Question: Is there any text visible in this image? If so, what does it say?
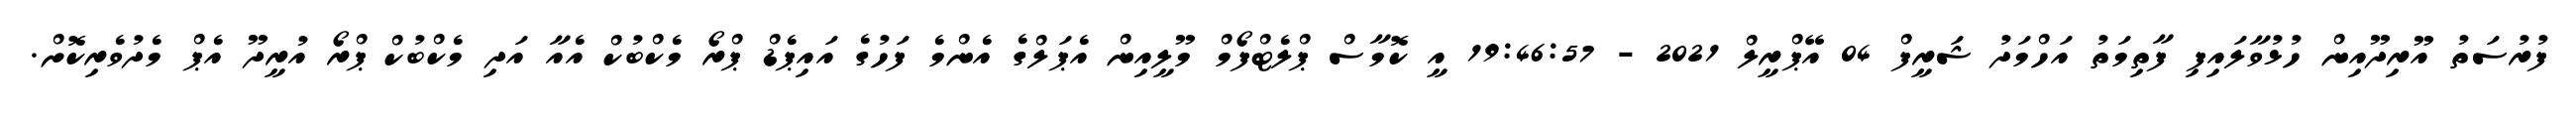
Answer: ފުރުސަތު އޫރިދޫއިން ހުޅުވާލައިފި ފާތިމަތު އަހްމަދު ޝަރީފް 04 އޭޕްރީލް 2021 - 19:46:57 އީ ކޮމާސް ޕްލެޓްފޯމް މޫލީއިން އެޕަލްގެ އެންމެ ފަހުގެ އައިޕެޑް ޕްރޯ މެކްބުކް އެއާ އަދި މެކްބުކް ޕްރޯ އުރީދޫ އެޕް މެދުވެރިކޮށް.